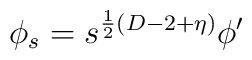
\phi_{s} = s^{\frac{1}{2} (D-2+\eta)} \phi^{\prime}